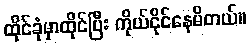
ထိုင်ခုံမှာထိုင်ပြီး ကိုယ်ငိုင်နေမိတယ်။